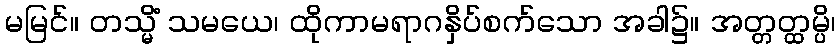
မမြင်။ တသ္မိံ သမယေ၊ ထိုကာမရာဂနှိပ်စက်သော အခါ၌။ အတ္တတ္ထမ္ပိ၊